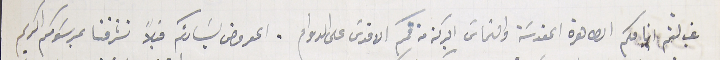
غب لثم انامكم الطاهرة المقدسَة والتماسَ البركة من فمكم الاقدسَ على الدوام. المعروض لسَيادتكم قبلاً تشرفنا بمرسَومكم الكريم